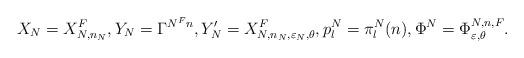
LaTeX: \begin{align*}X_N=X_{N,n_N}^F, Y_N=\Gamma^{N^F n}, Y_N'=X_{N,n_N,\varepsilon_N,\theta}^F, p^N_l=\pi^N_l(n),\Phi^N=\Phi^{N,n,F}_{\varepsilon,\theta}.\end{align*}